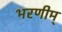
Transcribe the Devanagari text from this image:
भरणीम्